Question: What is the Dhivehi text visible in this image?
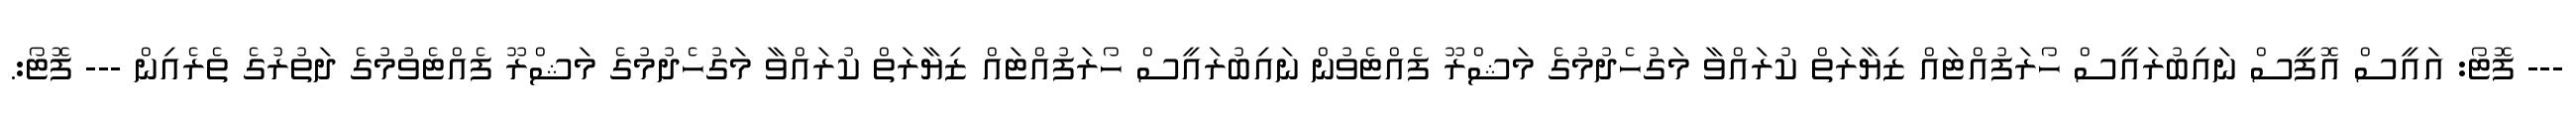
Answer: --- ފޮޓޯ: އައީސް އޮފީސް ނައިބުރައީސް ހޯރަފުއްޓައް ޒިޔާރަތް ކުރައްވާ މަގުހެދުމުގެ މަޝްރޫ ފެއްޓެވުން ނައިބުރައީސް ހޯރަފުއްޓައް ޒިޔާރަތް ކުރައްވާ މަގުހެދުމުގެ މަޝްރޫ ފެއްޓެވުމުގެ ދަތުރުގެ ތެރެއިން --- ފޮޓޯ:.